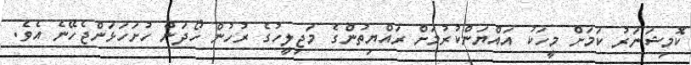
ކޮމިޝަނަރު ކަމަށް މީހަކު އައްޔަންކުރުމަށް ރައްޔިތުންގެ މަޖިލީހުގެ ރުހުން ހޯދަން ހުށަހަޅަންޖެހޭނެ އެވެ.